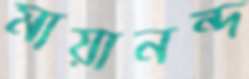
মায়ানন্দ